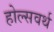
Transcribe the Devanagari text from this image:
होल्सवर्थ